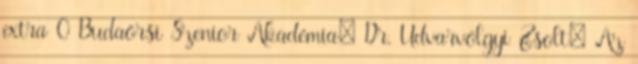
extra 0 Budaörsi Szenior Akadémia: Dr. Udvarvölgyi Zsolt: Az